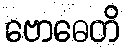
ဗောဓေတိ